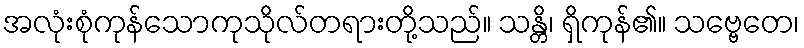
အလုံးစုံကုန်သောကုသိုလ်တရားတို့သည်။ သန္တိ၊ ရှိကုန်၏။ သဗ္ဗေတေ၊